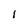
Character: 1